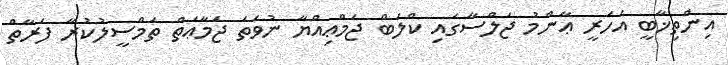
އިންތިޚާބީ އަހަރީ ޢާންމު ޖަލްސާގައި ކްލަބް ޖަމްޢިއްޔާ ނުވަތަ ޖަމާޢަތް ތަމްސީލުކުރާ ފަރާތް